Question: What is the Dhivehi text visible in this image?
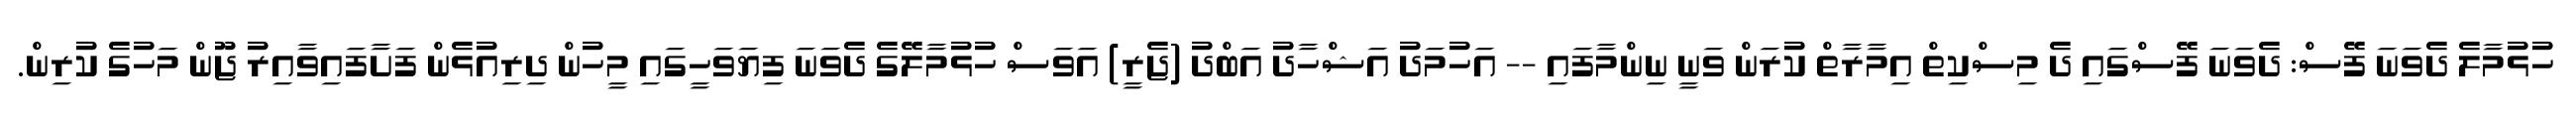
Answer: ހުޅުމާލެ ދެވަނަ ފޭސް: ދެވަނަ ފޭސްގައި ދެ މިސްކިތް އިމާރާތް ކުރަން ވަނީ ނިންމާފައި -- އަހުމަދު އަޝްހާދު އަބްދު (ޖެރީ) އަވަސް ހުޅުމާލޭގެ ދެވަނަ ފިޔަވަހީގައި މީހުން ދިރިއުޅެން ފަށާފައިވާއިރު ޖޫން މަހުގެ ކުރިން.